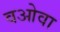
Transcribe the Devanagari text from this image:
वओवा